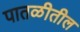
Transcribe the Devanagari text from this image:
पातळीतील